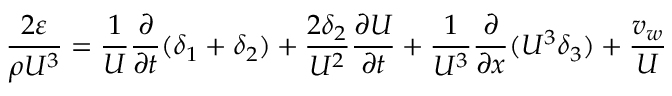
{ \frac { 2 \varepsilon } { \rho U ^ { 3 } } } = { \frac { 1 } { U } } { \frac { \partial } { \partial t } } ( \delta _ { 1 } + \delta _ { 2 } ) + { \frac { 2 \delta _ { 2 } } { U ^ { 2 } } } { \frac { \partial U } { \partial t } } + { \frac { 1 } { U ^ { 3 } } } { \frac { \partial } { \partial x } } ( U ^ { 3 } \delta _ { 3 } ) + { \frac { v _ { w } } { U } }